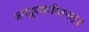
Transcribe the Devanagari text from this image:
जगद्रूपमजीजनत्॥